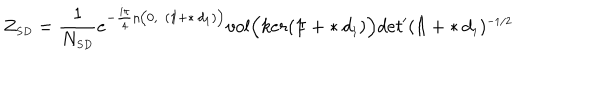
LaTeX: Z _ { \scriptscriptstyle S D } = \frac { 1 } { N _ { \scriptscriptstyle S D } } e ^ { - \frac { i \pi } { 4 } \eta \bigl ( 0 , ( \mathrm { 1 \ m k e r n - 5 m u I \! } + \ast d _ { \scriptscriptstyle 1 } ) \bigr ) } v o l \Bigl ( k e r ( \mathrm { 1 \ m k e r n - 5 m u I \! } + \ast d _ { \scriptscriptstyle 1 } ) \Bigr ) d e t ^ { \prime } ( \mathrm { 1 \ m k e r n - 5 m u I \! } + \ast d _ { \scriptscriptstyle 1 } ) ^ { \scriptscriptstyle - 1 / 2 }